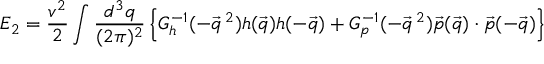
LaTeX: E _ { 2 } = \frac { v ^ { 2 } } { 2 } \int \frac { d ^ { 3 } q } { ( 2 \pi ) ^ { 2 } } \left\{ G _ { h } ^ { - 1 } ( - \vec { q } \, ^ { 2 } ) h ( \vec { q } ) h ( - \vec { q } ) + G _ { p } ^ { - 1 } ( - \vec { q } \, ^ { 2 } ) \vec { p } ( \vec { q } ) \cdot \vec { p } ( - \vec { q } ) \right\}